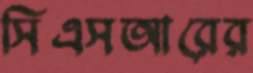
সিএসআরের